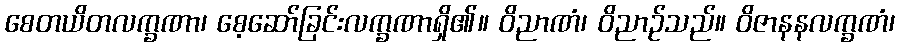
စေတယိတလက္ခဏာ၊ စေ့ဆော်ခြင်းလက္ခဏာရှိ၏။ ဝိညာဏံ၊ ဝိညာဉ်သည်။ ဝိဇာနနလက္ခဏံ၊